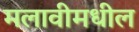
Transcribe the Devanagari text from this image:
मलावीमधील